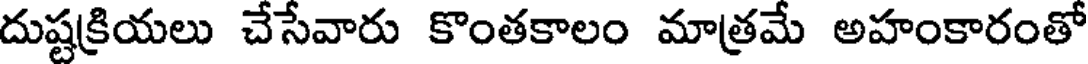
దుష్టక్రియలు చేసేవారు కొంతకాలం మాత్రమే అహంకారంతో